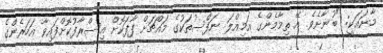
މާނައަކީ: "ބުނާށެވެ. އޭ ތިމާމެންގެ އަމިއްލަ ނަފްސުތަކުގެ މައްޗަށް ފާފަކޮށް އިސްރާފުކޮށްފައިވާ އަހަރެންގެ